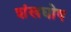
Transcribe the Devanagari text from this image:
शंखघोष